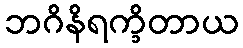
ဘဂိနိရက္ခိတာယ